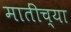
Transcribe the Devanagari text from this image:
मातींच्या